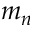
m _ { n }